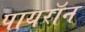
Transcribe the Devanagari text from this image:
पायराॅन